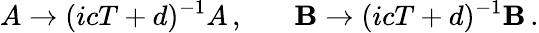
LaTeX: A\rightarrow(icT+d)^{-1}A\, ,~~~~~~~\mathbf{B}\rightarrow(icT+d)^{-1}\mathbf{B}\, .